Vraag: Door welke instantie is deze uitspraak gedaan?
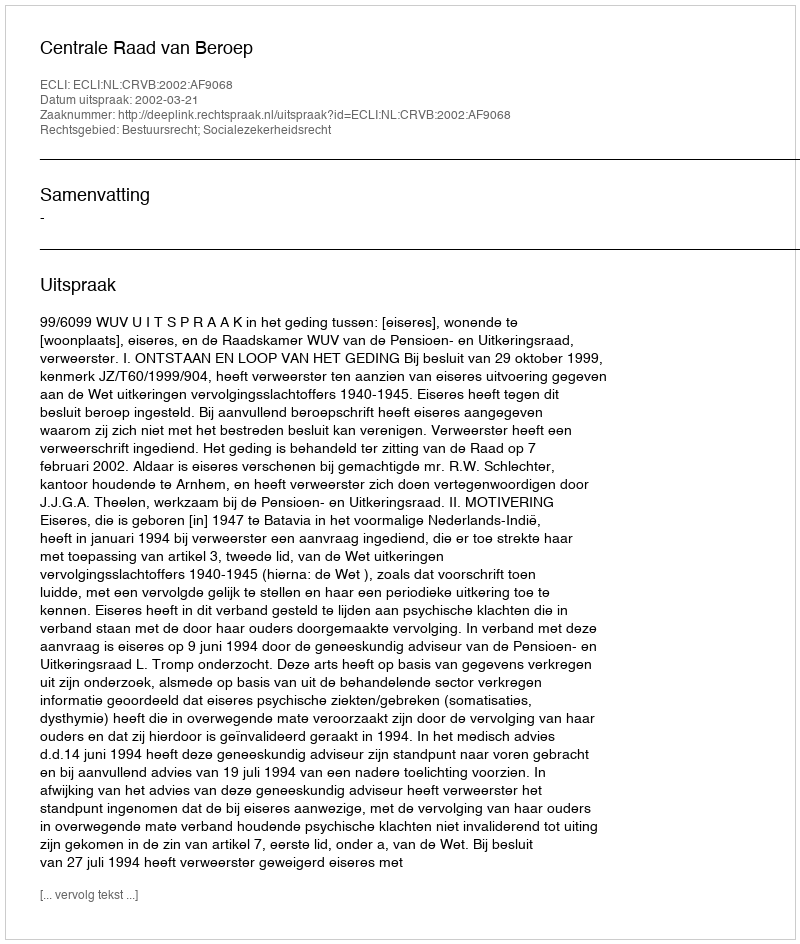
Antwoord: Centrale Raad van Beroep